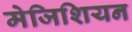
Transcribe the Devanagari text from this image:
मेजिशियन